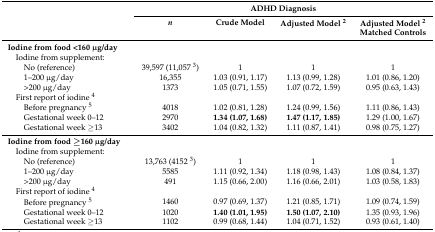
|  | <COLSPAN=4> ADHD Diagnosis |
 |  | n | Crude Model | Adjusted Model 2 | Adjusted Model 2 |
 |  |  |  |  | Matched Controls |
 | --- | --- | --- | --- | --- |
 | Iodine from food <160 μg/day |  |  |  |  |
 | Iodine from supplement: |  |  |  |  |
 | No (reference) | 39,597 (11,057 3) | 1 | 1 | 1 |
 | 1–200 μg/day | 16,355 | 1.03 (0.91, 1.17) | 1.13 (0.99, 1.28) | 1.01 (0.86, 1.20) |
 | >200 μg/day | 1373 | 1.05 (0.71, 1.55) | 1.07 (0.72, 1.59) | 0.95 (0.63, 1.43) |
 | First report of iodine 4 |  |  |  |  |
 | Before pregnancy 5 | 4018 | 1.02 (0.81, 1.28) | 1.24 (0.99, 1.56) | 1.11 (0.86, 1.43) |
 | Gestational week 0–12 | 2970 | 1.34 (1.07, 1.68) | 1.47 (1.17, 1.85) | 1.29 (1.00, 1.67) |
 | Gestational week ≥13 | 3402 | 1.04 (0.82, 1.32) | 1.11 (0.87, 1.41) | 0.98 (0.75, 1.27) |
 | Iodine from food ≥160 μg/day |  |  |  |  |
 | Iodine from supplement: |  |  |  |  |
 | No (reference) | 13,763 (4152 3) | 1 | 1 | 1 |
 | 1–200 μg/day | 5585 | 1.11 (0.92, 1.34) | 1.18 (0.98, 1.43) | 1.08 (0.84, 1.37) |
 | >200 μg/day | 491 | 1.15 (0.66, 2.00) | 1.16 (0.66, 2.01) | 1.03 (0.58, 1.83) |
 | First report of iodine 4 |  |  |  |  |
 | Before pregnancy 5 | 1460 | 0.97 (0.69, 1.37) | 1.21 (0.85, 1.71) | 1.09 (0.74, 1.59) |
 | Gestational week 0–12 | 1020 | 1.40 (1.01, 1.95) | 1.50 (1.07, 2.10) | 1.35 (0.93, 1.96) |
 | Gestational week ≥13 | 1102 | 0.99 (0.68, 1.44) | 1.04 (0.71, 1.52) | 0.93 (0.61, 1.40) |